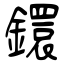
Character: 鐶